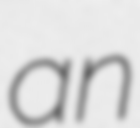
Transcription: an